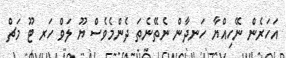
އަހަރެން ނޭހިއްޔާ ހަނދާން ނެތޭނެތަ ދެންމެވެސް ޔޫ ލަވް ހަރ ޓޫ މަޗް